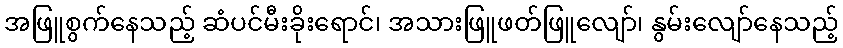
အဖြူစွက်နေသည့် ဆံပင်မီးခိုးရောင်၊ အသားဖြူဖတ်ဖြူလျော်၊ နွမ်းလျော်နေသည့်